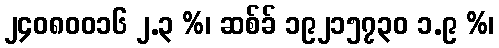
၂၄၀၈၀၀၁၆ ၂.၃ %၊ ဆစ်ခ် ၁၉၂၁၅၇၃၀ ၁.၉ %၊